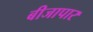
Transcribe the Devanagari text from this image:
बीजापार